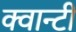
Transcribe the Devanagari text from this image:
क्वान्टी